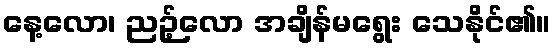
နေ့လော၊ ညဉ့်လော အချိန်မရွေး သေနိုင်၏။